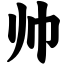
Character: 帅